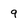
Character: 9